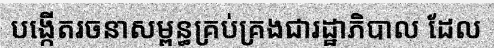
បង្កើតរចនាសម្ពន្ធគ្រប់គ្រងជារដ្ឋាភិបាល ដែល